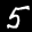
Label: 5